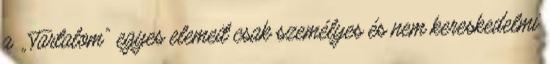
a „Tartalom” egyes elemeit csak személyes és nem kereskedelmi